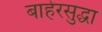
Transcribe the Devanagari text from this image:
बाहेरसुद्धा